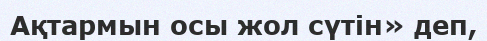
Ақтармын осы жол сүтін» деп,